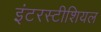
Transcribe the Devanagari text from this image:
इंटरस्टीशियल